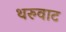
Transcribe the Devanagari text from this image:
थरुवाट